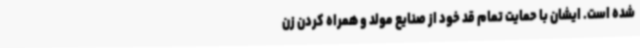
شده است. ایشان با حمایت تمام قد خود از صنایع مولد و همراه کردن زن